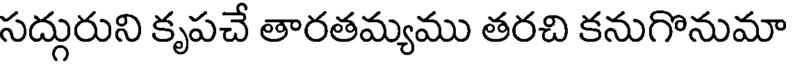
సద్గురుని కృపచే తారతమ్యము తరచి కనుగొనుమా